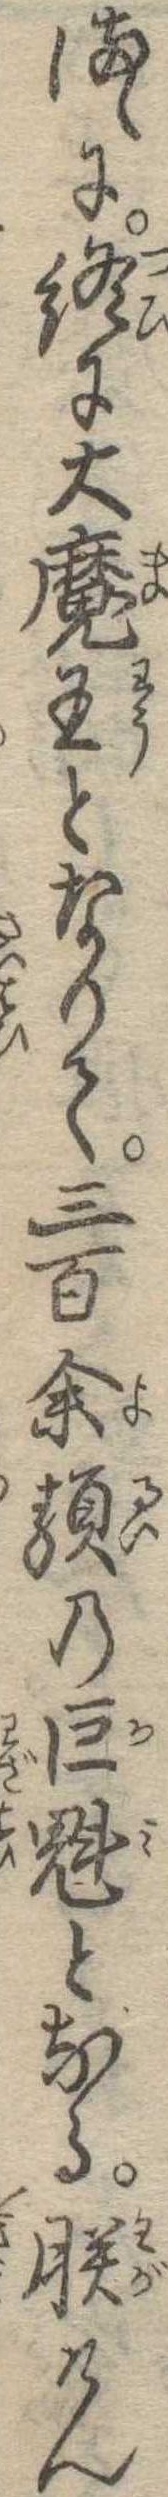
まゝに終に大魔王となりて三百余類の巨魁となる朕けん